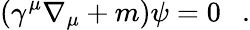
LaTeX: (\gamma^{\mu}\nabla_{\mu}+m)\psi=0~~~.